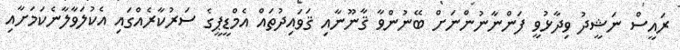
ރައީސް ނަޝީދު ވިދާޅުވީ ފަންނާނުންނަށް ބޭނުންވާ ޤާނޫނާއި ޤަވައިދުތައް އެމްޑީޕީގެ ސަރުކާރެއްގައި އެކުލަވާލާނެކަމަށާއި